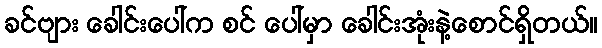
ခင်ဗျား ခေါင်းပေါ်က စင် ပေါ်မှာ ခေါင်းအုံးနဲ့စောင်ရှိတယ်။